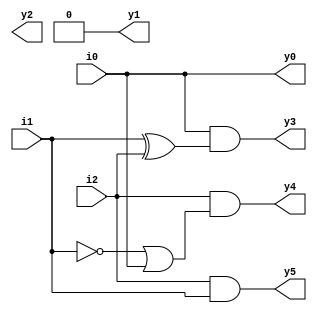
`timescale 1ns / 1ps
//////////////////////////////////////////////////////////////////////////////////
// Company: Madilu
// 
// Design Name: Squarer Circuit 
// Module Name: sq
// Project Name: 
// Target Devices: Xilinx Boolean Spartan 7
// Tool Versions: Vivado 21
// Description: 
// 
// Dependencies: None
// 
// Revision: 1.0
// Revision 1.0 - File Created
// Additional Comments: None
// 
//////////////////////////////////////////////////////////////////////////////////


module sq(y0, y1, y2, y3, y4, y5, i0, i1, i2);
	// Delare the outputs and inputs respectively
	output y0, y1, y2, y3, y4, y5;
	input i0, i1, i2;

	// Delcare the wires
	wire w1, w2, w3, w4;

	// Declare the gate operations
	not(w1, i0);
	not(w2, i1);
	xor(w3, i1, i2);
	or(w4, w2, i0);
	
	// We cannot assign the ouput to input directly, thus using buffer
	buf(y0, i0);
	// We can also use or gate
	
	and(y1, i2, 0); // Can also use or(y1, 0, 0)
	and(y3, i0, w3);
	and(y4, i2, w4);
	and(y5, i2, i1);
endmodule